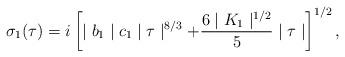
LaTeX: \begin{align*}\sigma_{1}(\tau )=i\left[\mid b_{1}\mid c_{1}\mid\tau\mid^{8/3}+\frac{6\mid K_{1}\mid^{1/2}}{5}\mid\tau\mid\right]^{1/2},\end{align*}